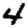
Digit: 4